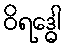
ဝိရဒ္ဓေါ